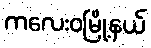
ကလေးဝမြို့နယ်